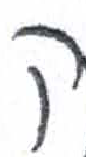
אות: ק